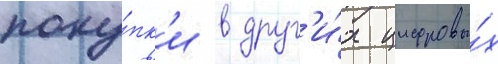
поку́пк'и в друг'и́х цифровы́х